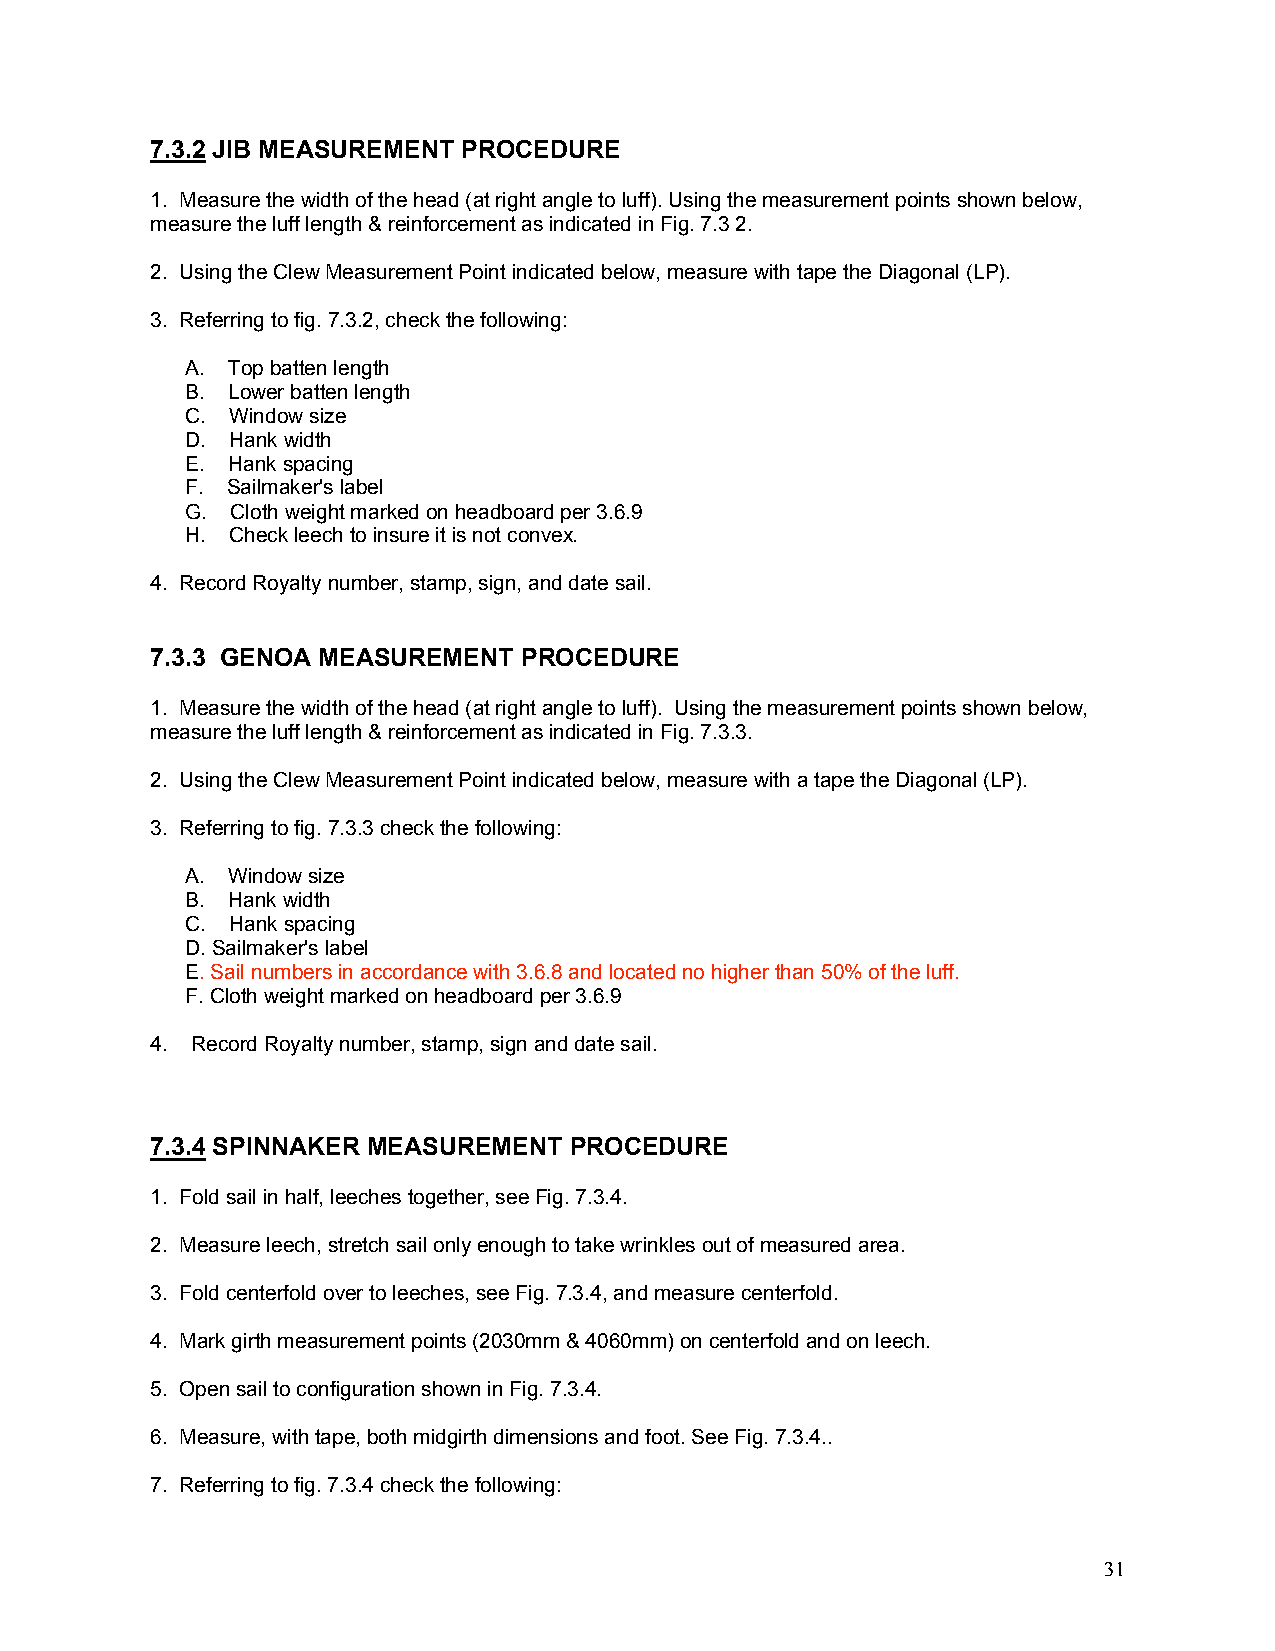
7.3.2 JIB MEASUREMENT PROCEDURE
 1. Measure the width of the head (at right angle to luff). Using the measurement points shown below,
 measure the luff length & reinforcement as indicated in Fig. 7.3 2.
 2. Using the Clew Measurement Point indicated below, measure with tape the Diagonal (LP).
 3. Referring to fig. 7.3.2, check the following:
 A. Top batten length
 B. Lower batten length
 C. Window size
 D. Hank width
 E. Hank spacing
 F. Sailmaker's label
 G. Cloth weight marked on headboard per 3.6.9
 H. Check leech to insure it is not convex.
 4. Record Royalty number, stamp, sign, and date sail.
 7.3.3 GENOA MEASUREMENT PROCEDURE
 1. Measure the width of the head (at right angle to luff). Using the measurement points shown below,
 measure the luff length & reinforcement as indicated in Fig. 7.3.3.
 2. Using the Clew Measurement Point indicated below, measure with a tape the Diagonal (LP).
 3. Referring to fig. 7.3.3 check the following:
 A. Window size
 B. Hank width
 C. Hank spacing
 D. Sailmaker's label
 E. Sail numbers in accordance with 3.6.8 and located no higher than 50% of the luff.
 F. Cloth weight marked on headboard per 3.6.9
 4. Record Royalty number, stamp, sign and date sail.
 7.3.4 SPINNAKER MEASUREMENT PROCEDURE
 1. Fold sail in half, leeches together, see Fig. 7.3.4.
 2. Measure leech, stretch sail only enough to take wrinkles out of measured area.
 3. Fold centerfold over to leeches, see Fig. 7.3.4, and measure centerfold.
 4. Mark girth measurement points (2030mm & 4060mm) on centerfold and on leech.
 5. Open sail to configuration shown in Fig. 7.3.4.
 6. Measure, with tape, both midgirth dimensions and foot. See Fig. 7.3.4..
 7. Referring to fig. 7.3.4 check the following:
 31